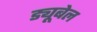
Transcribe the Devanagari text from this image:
ड्यूबेल